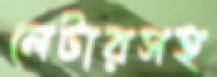
লেটারসহ